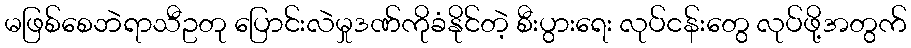
မဖြစ်စေဘဲရာသီဥတု ပြောင်းလဲမှုဒဏ်ကိုခံနိုင်တဲ့ စီးပွားရေး လုပ်ငန်းတွေ လုပ်ဖို့အတွက်